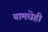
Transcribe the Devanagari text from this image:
यामधेही